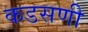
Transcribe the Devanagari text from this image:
कडसणी